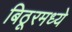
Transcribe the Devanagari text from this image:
बिठूरमध्ये